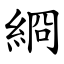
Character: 綗